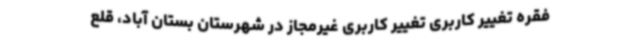
فقره تغییر کاربری تغییر کاربری غیرمجاز در شهرستان بستان آباد، قلع